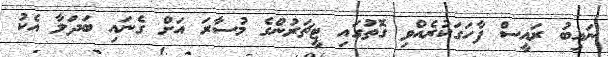
ނައިބު ރައީސް ފާހަގަކުރެއްވި ގޮތުގައި ޓީޗަރުންގެ މުސާރަ އަށް ގެނައި ބަދަލާ އެކު